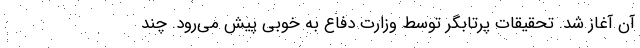
آن آغاز شد. تحقیقات پرتابگر توسط وزارت دفاع به خوبی پیش می‌رود. چند